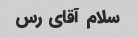
سلام آقای رس